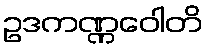
ဥဒကဏ္ဏဝေါတိ